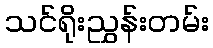
သင်ရိုးညွှန်းတမ်း